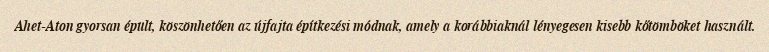
Ahet-Aton gyorsan épült, köszönhetően az újfajta építkezési módnak, amely a korábbiaknál lényegesen kisebb kőtömböket használt.